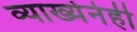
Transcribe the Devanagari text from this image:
व्याख्येनेही